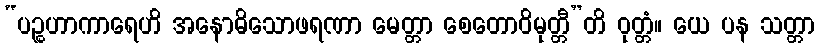
“ပဉ္စဟာကာရေဟိ အနောဓိသောဖရဏာ မေတ္တာ စေတောဝိမုတ္တီ”တိ ဝုတ္တံ။ ယေ ပန သတ္တာ